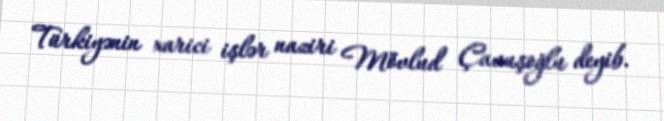
Türkiyənin xarici işlər naziri Mövlud Çavuşoğlu deyib.